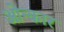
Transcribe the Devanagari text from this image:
ओन्कार